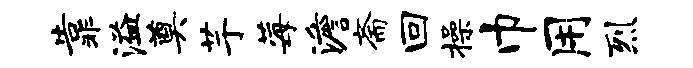
靠溢奠芋莓澹斋回操巾用烈